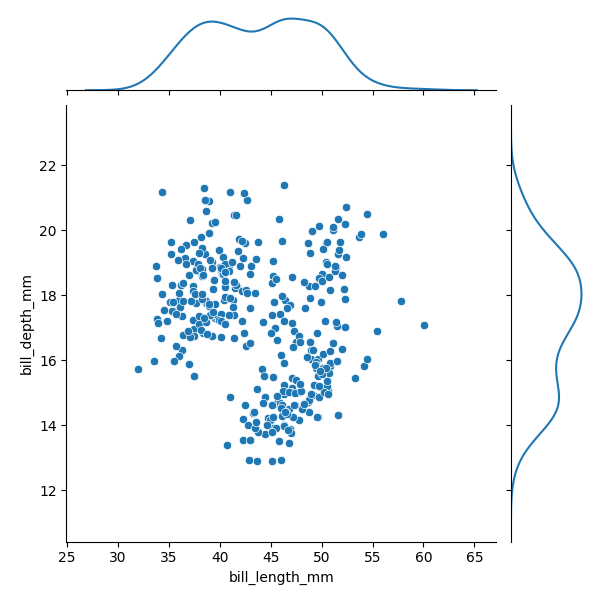
python, seaborn, JointGrid, scatterplot, kdeplot